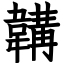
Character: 韝